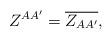
LaTeX: \begin{align*} Z^{AA'}=\overline{Z_{AA'}}, \end{align*}